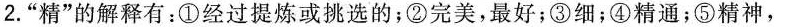
2.”精”的解释有：①经过提炼或挑选的；②完美，最好；③细；④精通；⑤精神，